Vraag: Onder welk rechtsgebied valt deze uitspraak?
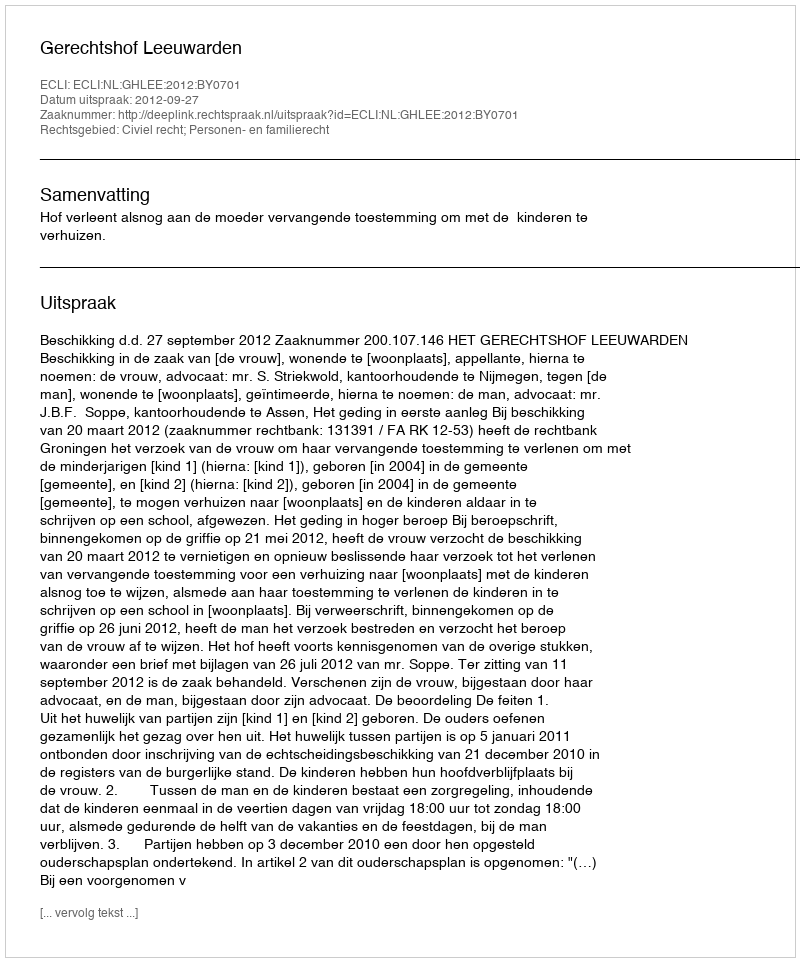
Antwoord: Civiel recht; Personen- en familierecht